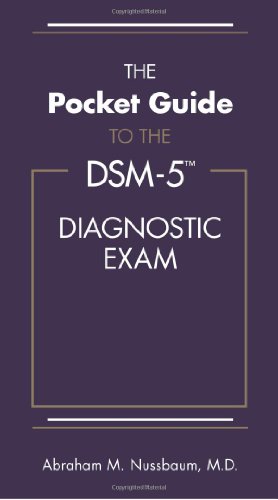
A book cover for The Pocket Guide to the DSM-5(TM) Diagnostic Exam; Abraham M. Nussbaum; Medical Books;